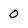
Character: 0